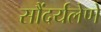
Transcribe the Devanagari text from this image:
सौंदर्यलेणे